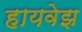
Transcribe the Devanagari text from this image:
हायवेझ